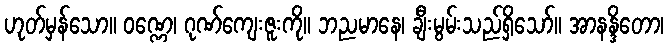
ဟုတ်မှန်သော။ ဝဏ္ဏေ၊ ဂုဏ်ကျေးဇူးကို။ ဘညမာနေ၊ ချီးမွမ်းသည်ရှိသော်။ အာနန္ဒိတော၊